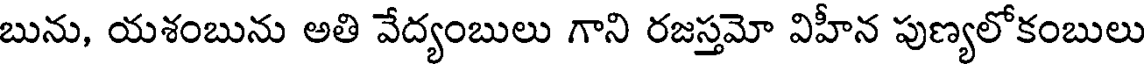
బును, యశంబును అతి వేద్యంబులు గాని రజస్తమో విహీన పుణ్యలోకంబులు